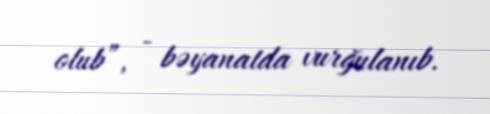
olub”, - bəyanatda vurğulanıb.